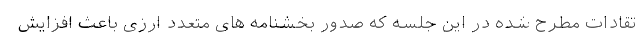
تقادات مطرح شده در این جلسه که صدور بخشنامه های متعدد ارزی باعث افزایش